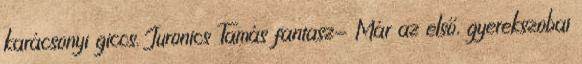
karácsonyi giccs. Juronics Tamás fantasz- Már az első, gyerekszobai